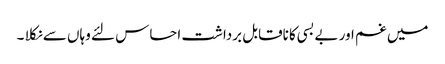
میں غم اور بے بسی کا ناقابل برداشت احساس لئے وہاں سے نکلا ۔